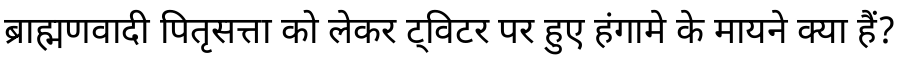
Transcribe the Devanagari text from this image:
ब्राह्मणवादी पितृसत्ता को लेकर ट्विटर पर हुए हंगामे के मायने क्या हैं?